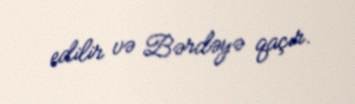
edilir və Bərdəyə qaçır.